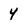
Character: 4